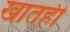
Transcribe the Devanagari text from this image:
खातही